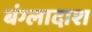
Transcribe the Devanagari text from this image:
बंग्लादाश